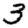
Digit: 3